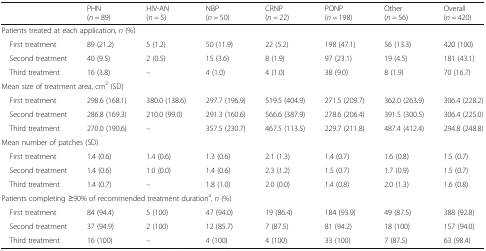
<table><thead><tr><td></td><td><b>PHN(<i>n =</i> 89)</b></td><td><b>HIV-AN(<i>n =</i> 5)</b></td><td><b>NBP(<i>n =</i> 50)</b></td><td><b>CRNP(<i>n =</i> 22)</b></td><td><b>PONP(<i>n =</i> 198)</b></td><td><b>Other(<i>n =</i> 56)</b></td><td><b>Overall(<i>n =</i> 420)</b></td></tr></thead><tbody><tr><td colspan="8">Patients treated at each application, <i>n</i> (%)</td></tr><tr><td> First treatment</td><td>89 (21.2)</td><td>5 (1.2)</td><td>50 (11.9)</td><td>22 (5.2)</td><td>198 (47.1)</td><td>56 (13.3)</td><td>420 (100)</td></tr><tr><td> Second treatment</td><td>40 (9.5)</td><td>2 (0.5)</td><td>15 (3.6)</td><td>8 (1.9)</td><td>97 (23.1)</td><td>19 (4.5)</td><td>181 (43.1)</td></tr><tr><td> Third treatment</td><td>16 (3.8)</td><td>–</td><td>4 (1.0)</td><td>4 (1.0)</td><td>38 (9.0)</td><td>8 (1.9)</td><td>70 (16.7)</td></tr><tr><td colspan="8">Mean size of treatment area, cm<sup>2</sup> (SD)</td></tr><tr><td> First treatment</td><td>298.6 (168.1)</td><td>380.0 (138.6)</td><td>297.7 (196.9)</td><td>519.5 (404.9)</td><td>271.5 (209.7)</td><td>362.0 (263.9)</td><td>306.4 (228.2)</td></tr><tr><td> Second treatment</td><td>286.8 (169.3)</td><td>210.0 (99.0)</td><td>291.3 (160.6)</td><td>566.6 (387.9)</td><td>278.6 (206.4)</td><td>391.5 (300.5)</td><td>306.4 (225.0)</td></tr><tr><td> Third treatment</td><td>270.0 (190.6)</td><td>–</td><td>357.5 (230.7)</td><td>467.5 (113.5)</td><td>229.7 (211.8)</td><td>487.4 (412.4)</td><td>294.8 (248.8)</td></tr><tr><td colspan="8">Mean number of patches (SD)</td></tr><tr><td> First treatment</td><td>1.4 (0.6)</td><td>1.4 (0.6)</td><td>1.3 (0.6)</td><td>2.1 (1.3)</td><td>1.4 (0.7)</td><td>1.6 (0.8)</td><td>1.5 (0.7)</td></tr><tr><td> Second treatment</td><td>1.4 (0.6)</td><td>1.0 (0.0)</td><td>1.4 (0.6)</td><td>2.3 (1.2)</td><td>1.5 (0.7)</td><td>1.7 (0.9)</td><td>1.5 (0.7)</td></tr><tr><td> Third treatment</td><td>1.4 (0.7)</td><td>–</td><td>1.8 (1.0)</td><td>2.0 (0.0)</td><td>1.4 (0.8)</td><td>2.0 (1.3)</td><td>1.6 (0.8)</td></tr><tr><td colspan="8">Patients completing ≥90% of recommended treatment duration<sup>a</sup>, <i>n</i> (%)</td></tr><tr><td> First treatment</td><td>84 (94.4)</td><td>5 (100)</td><td>47 (94.0)</td><td>19 (86.4)</td><td>184 (93.9)</td><td>49 (87.5)</td><td>388 (92.8)</td></tr><tr><td> Second treatment</td><td>37 (94.9)</td><td>2 (100)</td><td>12 (85.7)</td><td>7 (87.5)</td><td>81 (94.2)</td><td>18 (100)</td><td>157 (94.0)</td></tr><tr><td> Third treatment</td><td>16 (100)</td><td>–</td><td>4 (100)</td><td>4 (100)</td><td>33 (100)</td><td>7 (87.5)</td><td>63 (98.4)</td></tr></tbody></table>